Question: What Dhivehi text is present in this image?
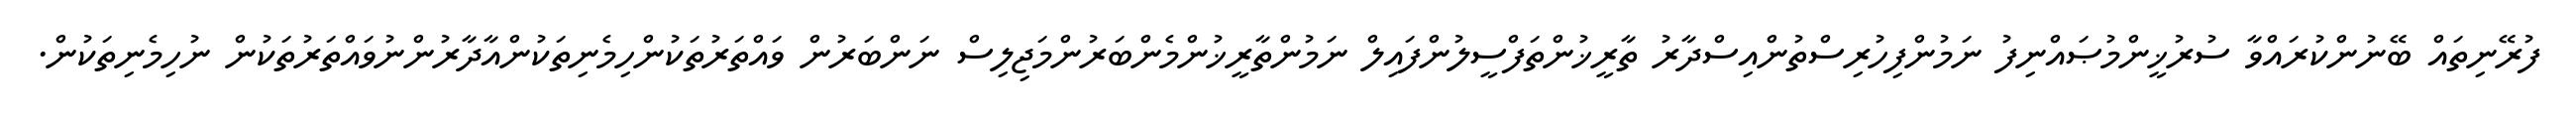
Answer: ފުރޭނިތައް ބޭނުންކުރައްވާ ސުރުޚީންމުޞައްނިފު ނަމުންފިހުރިސްތުންއިސްދާރު ތާރީޚުންތަފްސީލުންފައިލް ނަމުންތާރީޚުންމެންބަރުންމަޖިލިސް ނަންބަރުން ވައްތަރުތަކުންހިމެނިތަކުންއާދާރުންނުވައްތަރުތަކުން ނުހިމެނިތަކުން.